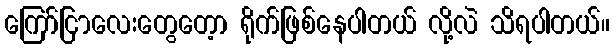
ကြော်ငြာလေးတွေတေ့ာ ရိုက်ဖြစ်နေပါတယ် လို့လဲ သိရပါတယ်။